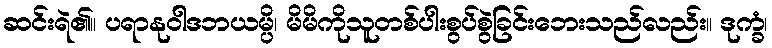
ဆင်းရဲ၏။ ပရာနုဝါဒဘယမ္ပိ၊ မိမိကိုသူတစ်ပါးစွပ်စွဲခြင်းဘေးသည်လည်း။ ဒုက္ခံ၊